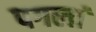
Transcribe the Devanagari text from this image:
पगलां